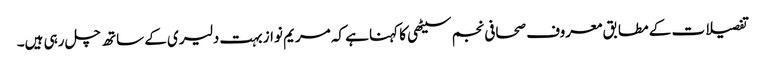
تفصیلات کے مطابق معروف صحافی نجم سیٹھی کا کہنا ہے کہ مریم نواز بہت دلیری کے ساتھ چل رہی ہیں۔